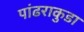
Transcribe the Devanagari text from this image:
पांढराकुडा